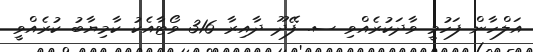
އަލްހާން ފަހުމީ ވާދަކުރެއްވި ސ. ފޭދޫ ދާއިރާ 316 ވޯޓާއެކު ކާމިޔާބު ކުރެއްވީ